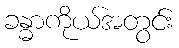
ခန္ဓာကိုယ်အတွင်း